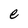
Character: e